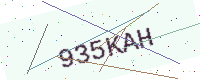
Text: 935KAH